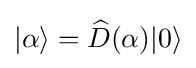
|\alpha \rangle ={\widehat {D}}(\alpha )|0\rangle